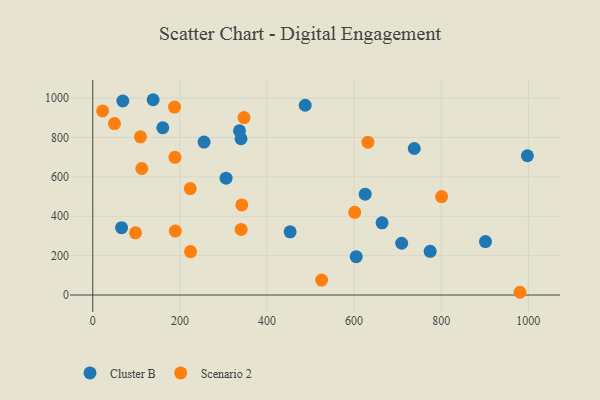
{"axis": {"x": "Engine Size", "y": "Yield"}, "legend": ["Cluster B", "Scenario 2"], "data": [{"x": "604.8", "y": 194.6, "type": "Cluster B"}, {"x": "625.4", "y": 512.4, "type": "Cluster B"}, {"x": "68.9", "y": 985.4, "type": "Cluster B"}, {"x": "160.7", "y": 849.5, "type": "Cluster B"}, {"x": "306.0", "y": 593.4, "type": "Cluster B"}, {"x": "336.8", "y": 833.8, "type": "Cluster B"}, {"x": "997.8", "y": 707.3, "type": "Cluster B"}, {"x": "901.6", "y": 271.6, "type": "Cluster B"}, {"x": "774.6", "y": 221.7, "type": "Cluster B"}, {"x": "487.7", "y": 963.7, "type": "Cluster B"}, {"x": "255.5", "y": 776.6, "type": "Cluster B"}, {"x": "738.1", "y": 744.2, "type": "Cluster B"}, {"x": "709.2", "y": 262.9, "type": "Cluster B"}, {"x": "453.1", "y": 320.8, "type": "Cluster B"}, {"x": "340.4", "y": 793.7, "type": "Cluster B"}, {"x": "664.2", "y": 366.8, "type": "Cluster B"}, {"x": "138.5", "y": 991.8, "type": "Cluster B"}, {"x": "66.1", "y": 341.8, "type": "Cluster B"}, {"x": "340.6", "y": 333.4, "type": "Scenario 2"}, {"x": "342.2", "y": 457.7, "type": "Scenario 2"}, {"x": "109.4", "y": 803.3, "type": "Scenario 2"}, {"x": "112.5", "y": 642.5, "type": "Scenario 2"}, {"x": "98.0", "y": 316.1, "type": "Scenario 2"}, {"x": "187.6", "y": 954.4, "type": "Scenario 2"}, {"x": "980.9", "y": 14.0, "type": "Scenario 2"}, {"x": "601.4", "y": 419.9, "type": "Scenario 2"}, {"x": "525.4", "y": 76.2, "type": "Scenario 2"}, {"x": "224.5", "y": 220.7, "type": "Scenario 2"}, {"x": "800.8", "y": 499.8, "type": "Scenario 2"}, {"x": "49.8", "y": 870.6, "type": "Scenario 2"}, {"x": "631.8", "y": 776.2, "type": "Scenario 2"}, {"x": "188.6", "y": 699.1, "type": "Scenario 2"}, {"x": "22.6", "y": 934.9, "type": "Scenario 2"}, {"x": "223.8", "y": 540.8, "type": "Scenario 2"}, {"x": "347.3", "y": 901.0, "type": "Scenario 2"}, {"x": "189.5", "y": 324.8, "type": "Scenario 2"}]}